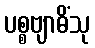
ပစ္စဗျာဓိံသု